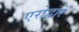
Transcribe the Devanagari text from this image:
एरोद्वारे